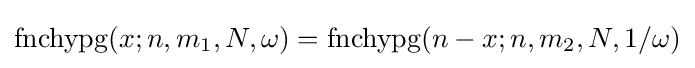
\operatorname {fnchypg} (x;n,m_{1},N,\omega )=\operatorname {fnchypg} (n-x;n,m_{2},N,1/\omega )